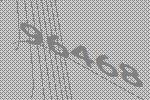
96468